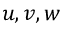
u , v , w